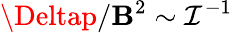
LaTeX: \Deltap/\mathbf{B}^{2}\sim\mathcal{{I}}^{-1}